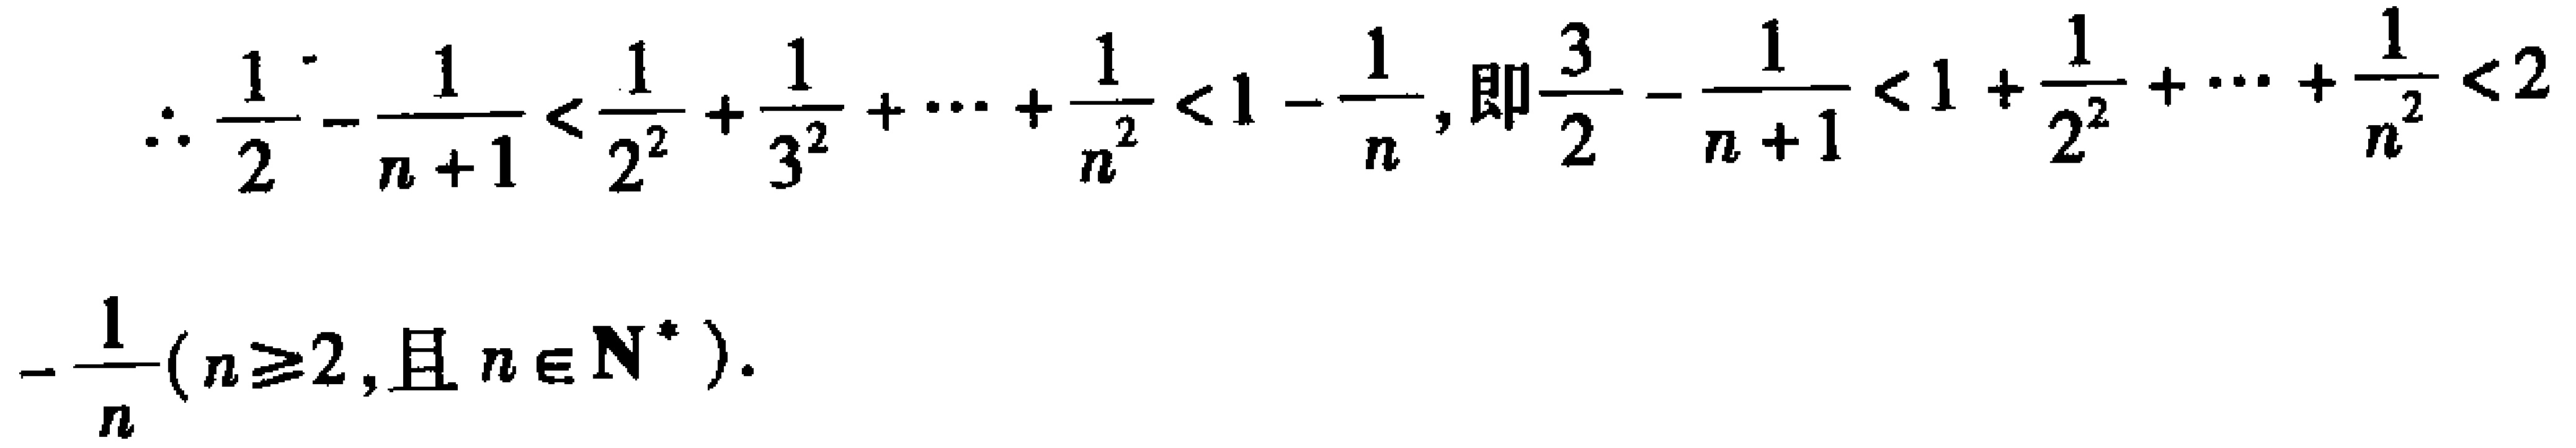
\(\therefore \frac{1}{2}-\frac{1}{n + 1}<\frac{1}{2^{2}}+\frac{1}{3^{2}}+\cdots+\frac{1}{n^{2}}<1-\frac{1}{n},\) 即\(\frac{3}{2}-\frac{1}{n + 1}<1+\frac{1}{2^{2}}+\cdots+\frac{1}{n^{2}}<2-\frac{1}{n}(n\geq2,\text{且 }n\in\mathbf{N}^{*})\).